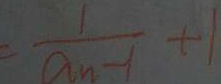
\frac { 1 } { a _ { n - 1 } } + 1